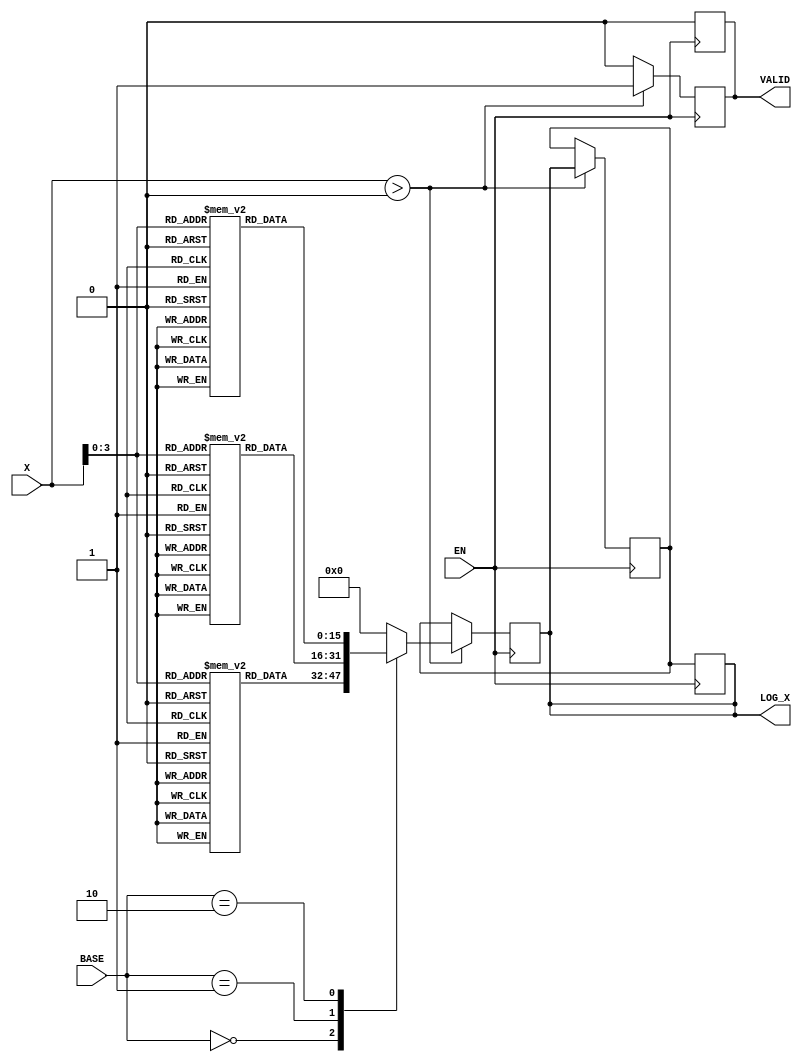
module LogarithmicFunctionGenerator (
    input wire [15:0] X,          // Input Signal (16-bit unsigned)
    input wire [1:0] BASE,        // Base Selection (00: base 2, 01: base 10, 10: natural log)
    input wire EN,                // Enable Signal
    output reg [15:0] LOG_X,      // Logarithmic Output (16-bit unsigned)
    output reg VALID              // Valid Signal
);

    // Internal Variables
    reg [15:0] last_valid_output;
    
    // Lookup Table for Logarithm values (for demonstration, values are hypothetical)
    reg [15:0] lut_base2 [0:15];  // LUT for base 2
    reg [15:0] lut_base10 [0:15];  // LUT for base 10
    reg [15:0] lut_natural [0:15]; // LUT for natural log

    // Initialize LUTs (hypothetical values)
    initial begin
        lut_base2[0] = 0;   lut_base2[1] = 0;   lut_base2[2] = 1;   lut_base2[3] = 1; 
        lut_base2[4] = 2;   lut_base2[5] = 2;   lut_base2[6] = 2;   lut_base2[7] = 3; 
        lut_base2[8] = 3;   lut_base2[9] = 3;   lut_base2[10] = 4; lut_base2[11] = 4; 
        lut_base2[12] = 4;  lut_base2[13] = 4;  lut_base2[14] = 4; lut_base2[15] = 4; 

        lut_base10[0] = 0;  lut_base10[1] = 0;  lut_base10[2] = 0;  lut_base10[3] = 0; 
        lut_base10[4] = 0;  lut_base10[5] = 0;  lut_base10[6] = 0;  lut_base10[7] = 1; 
        lut_base10[8] = 1;  lut_base10[9] = 1;  lut_base10[10] = 1; lut_base10[11] = 1; 
        lut_base10[12] = 1; lut_base10[13] = 1; lut_base10[14] = 1; lut_base10[15] = 1; 

        lut_natural[0] = 0; lut_natural[1] = 0; lut_natural[2] = 0; lut_natural[3] = 1; 
        lut_natural[4] = 1; lut_natural[5] = 1; lut_natural[6] = 1; lut_natural[7] = 2; 
        lut_natural[8] = 2; lut_natural[9] = 2; lut_natural[10] = 2; lut_natural[11] = 2; 
        lut_natural[12] = 2; lut_natural[13] = 2; lut_natural[14] = 2; lut_natural[15] = 2; 
    end

    always @(posedge EN) begin
        if (X > 0) begin
            case (BASE)
                2'b00: LOG_X <= lut_base2[X[3:0]];   // Base 2
                2'b01: LOG_X <= lut_base10[X[3:0]];  // Base 10
                2'b10: LOG_X <= lut_natural[X[3:0]]; // Natural Log
                default: LOG_X <= 0;                  // Default case
            endcase
            VALID <= 1;                             // Indicate valid output
            last_valid_output <= LOG_X;             // Store last valid output
        end else begin
            LOG_X <= last_valid_output;              // Retain last valid output
            VALID <= 0;                              // Invalid output
        end
    end

    always @(negedge EN) begin
        LOG_X <= last_valid_output;                // Retain last valid output on disable
        VALID <= 0;                                // Deassert VALID
    end

endmodule